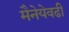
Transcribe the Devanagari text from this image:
मैनेयेवढी